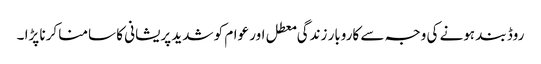
روڈ بند ہونے کی وجہ سے کاروبار زندگی معطل اور عوام کو شدید پریشانی کا سامنا کرنا پڑا ۔